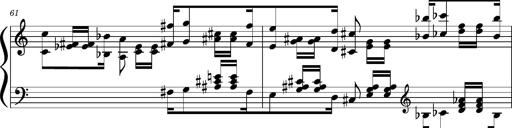
Title: Concerto sans orchestre, S.524a
Composer: Franz Liszt
Key: A major